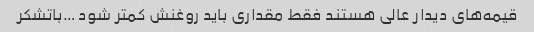
قیمه‌های دیدار عالی هستند فقط مقداری باید روغنش کمتر شود …باتشکر